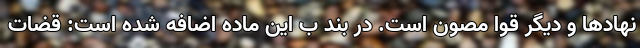
نهادها و دیگر قوا مصون است. در بند ب این ماده اضافه شده است: قضات